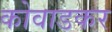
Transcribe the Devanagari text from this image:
कोवाडकर